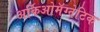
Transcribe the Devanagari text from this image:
अर्किओमॅग्नेटिक